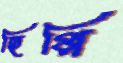
হিপ্পি